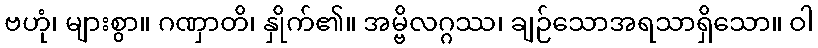
ဗဟုံ၊ များစွာ။ ဂဏှာတိ၊ နှိုက်၏။ အမ္ဗိလဂ္ဂဿ၊ ချဉ်သောအရသာရှိသော။ ဝါ